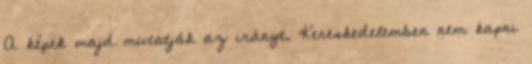
A képek majd mutatják az irányt. Kereskedelemben nem kapni